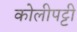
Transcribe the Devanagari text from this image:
कोलीपट्टी